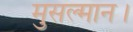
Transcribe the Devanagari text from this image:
मुसल्मान।